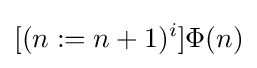
[(n:=n+1)^{i}]\Phi (n)\,\!